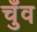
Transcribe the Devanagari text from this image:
चुँव